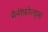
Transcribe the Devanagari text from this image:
मैनीफ़ोल्ड्स